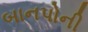
બાનપોની